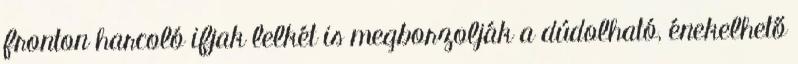
fronton harcoló ifjak lelkét is megborzolják a dúdolható, énekelhető